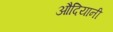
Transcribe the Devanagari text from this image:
औदियानी